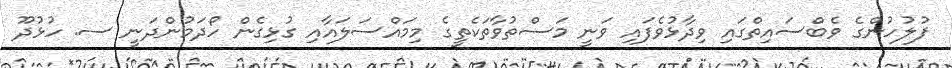
ފުލުހުންގެ ވެބްސައިތްގައި ވިދާޅުވެފައި ވަނީ މަސްތުވާތަކެތީގެ މިމައްސަލައާއި ގުޅިގެން ހޯދަމުންދަނީ ސ. ހުޅުދޫ